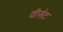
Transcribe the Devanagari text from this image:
वीसेट